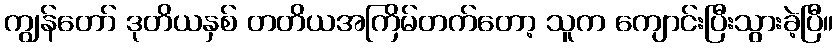
ကျွန်တော် ဒုတိယနှစ် တတိယအကြိမ်တက်တော့ သူက ကျောင်းပြီးသွားခဲ့ပြီ။